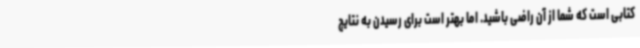
کتابی است که شما از آن راضی باشید. اما بهتر است برای رسیدن به نتایج